Civil Veterinary Dept. Bombay admin report 1923-31 - 1923-1931
Year: 1923
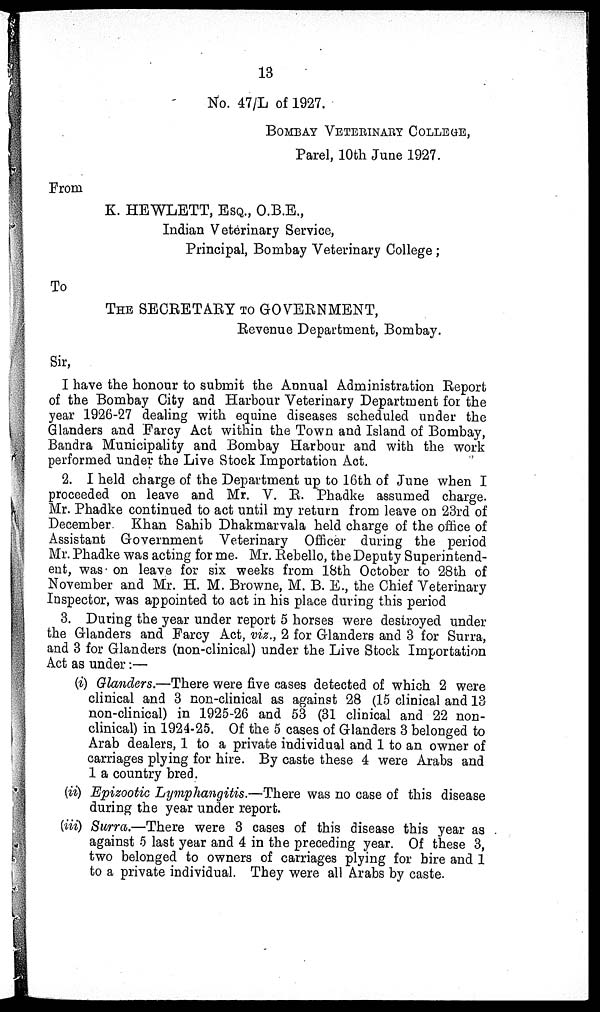
13
No. 47/L of 1927.
BOMBAY VETERINARY COLLEGE,
Parel, 10th June 1927.
From
K. HEWLETT, ESQ., O.B.E.,
Indian Veterinary Service,
Principal, Bombay Veterinary College ;
To
THE SECRETARY TO GOVERNMENT,
Revenue Department, Bombay.
Sir,
I have the honour to submit the Annual Administration Report
of the Bombay City and Harbour Veterinary Department for the
year 1926-27 dealing with equine diseases scheduled under the
Glanders and Farcy Act within the Town and Island of Bombay,
Bandra Municipality and Bombay Harbour and with the work
performed under the Live Stock Importation Act.
2. I held charge of the Department up to 16th of June when I
proceeded on leave and Mr. V. R. Phadke assumed charge.
Mr. Phadke continued to act until my return from leave on 23rd of
December. Khan Sahib Dhakmarvala held charge of the office of
Assistant Government Veterinary Officer during the period
Mr. Phadke was acting for me. Mr. Rebello, the Deputy Superintend-
ent, was on leave for six weeks from 18th October to 28th of
November and Mr. H. M. Browne, M. B. E., the Chief Veterinary
Inspector, was appointed to act in his place during this period
3. During the year under report 5 horses were destroyed under
the Glanders and Farcy Act, viz., 2 for Glanders and 3 for Surra,
and 3 for Glanders (non-clinical) under the Live Stock Importation
Act as under:—
(i) Glanders.—There were five cases detected of which 2 were
clinical and 3 non-clinical as against 28 (15 clinical and 13
non-clinical) in 1925-26 and 53 (31 clinical and 22 non-
clinical) in 1924-25. Of the 5 cases of Glanders 3 belonged to
Arab dealers, 1 to a private individual and 1 to an owner of
carriages plying for hire. By caste these 4 were Arabs and
1 a country bred.
(ii) Epizootic Lymphangitis.—There was no case of this disease
during the year under report.
(iii) Surra.—There were 3 cases of this disease this year as
against 5 last year and 4 in the preceding year. Of these 3,
two belonged to owners of carriages plying for hire and 1
to a private individual. They were all Arabs by caste.